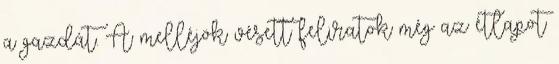
a gazdát. A melléjök vésett feliratok még az étlapot